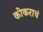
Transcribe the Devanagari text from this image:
कोकराचं